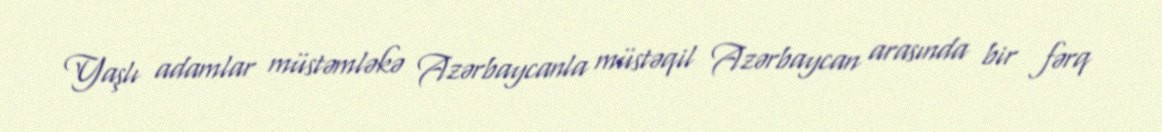
Yaşlı adamlar müstəmləkə Azərbaycanla müstəqil Azərbaycan arasında bir fərq